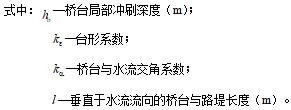
式中：$h_{s}$—桥台局部冲刷深度（m）；
$k_{\xi}$—台形系数；
$k_{\alpha}$—桥台与水流交角系数；
$l$—垂直于水流流向的桥台与路堤长度（m）。